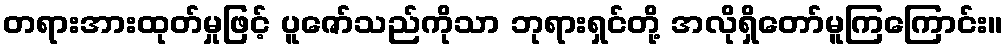
တရားအားထုတ်မှုဖြင့် ပူဇော်သည်ကိုသာ ဘုရားရှင်တို့ အလိုရှိတော်မူကြကြောင်း။